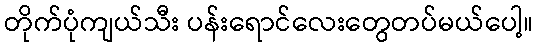
တိုက်ပုံကျယ်သီး ပန်းရောင်လေးတွေတပ်မယ်ပေါ့။